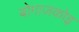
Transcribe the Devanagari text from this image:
बोगाज़कोइ